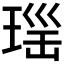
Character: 𱯈